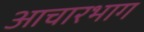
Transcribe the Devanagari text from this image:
आचारभाग